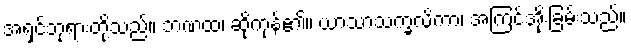
အရှင်ဘုရားတို့သည်။ ဘဏထ၊ ဆိုကုန်၏။ ယာသာသက္ခလိကာ၊ အကြင်အိုးခြမ်းသည်။